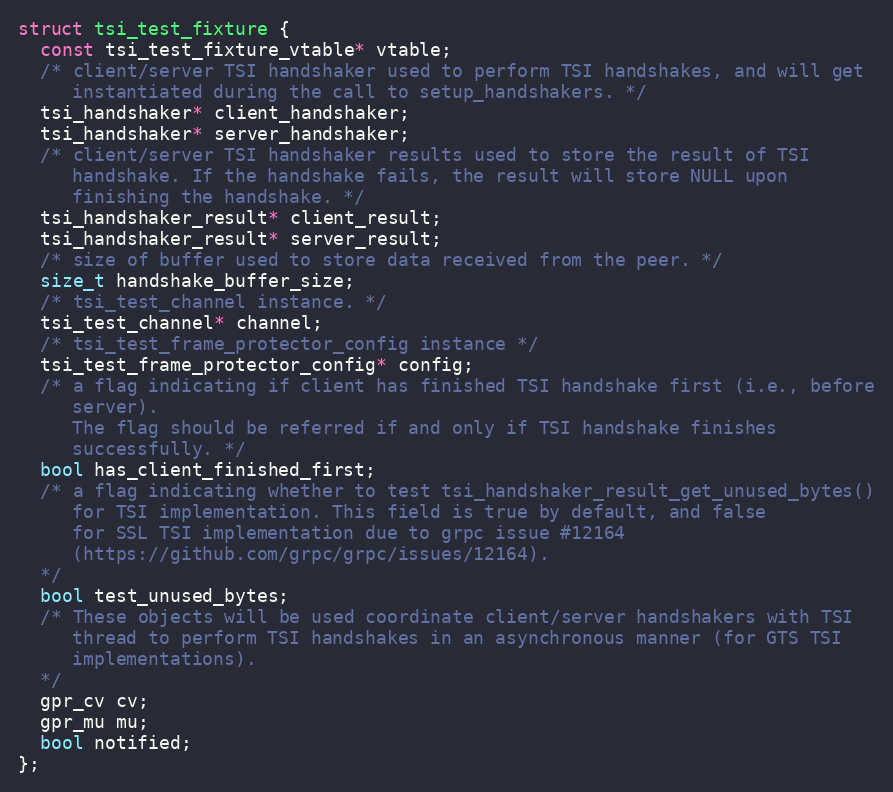
Language: C
struct tsi_test_fixture {
  const tsi_test_fixture_vtable* vtable;
  /* client/server TSI handshaker used to perform TSI handshakes, and will get
     instantiated during the call to setup_handshakers. */
  tsi_handshaker* client_handshaker;
  tsi_handshaker* server_handshaker;
  /* client/server TSI handshaker results used to store the result of TSI
     handshake. If the handshake fails, the result will store NULL upon
     finishing the handshake. */
  tsi_handshaker_result* client_result;
  tsi_handshaker_result* server_result;
  /* size of buffer used to store data received from the peer. */
  size_t handshake_buffer_size;
  /* tsi_test_channel instance. */
  tsi_test_channel* channel;
  /* tsi_test_frame_protector_config instance */
  tsi_test_frame_protector_config* config;
  /* a flag indicating if client has finished TSI handshake first (i.e., before
     server).
     The flag should be referred if and only if TSI handshake finishes
     successfully. */
  bool has_client_finished_first;
  /* a flag indicating whether to test tsi_handshaker_result_get_unused_bytes()
     for TSI implementation. This field is true by default, and false
     for SSL TSI implementation due to grpc issue #12164
     (https://github.com/grpc/grpc/issues/12164).
  */
  bool test_unused_bytes;
  /* These objects will be used coordinate client/server handshakers with TSI
     thread to perform TSI handshakes in an asynchronous manner (for GTS TSI
     implementations).
  */
  gpr_cv cv;
  gpr_mu mu;
  bool notified;
};